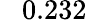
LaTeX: \phantom{-}0.232